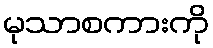
မုသာစကားကို